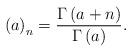
LaTeX: \begin{align*}\left(a\right)_{n}=\frac{\Gamma\left(a+n\right)}{\Gamma\left(a\right)}.\end{align*}